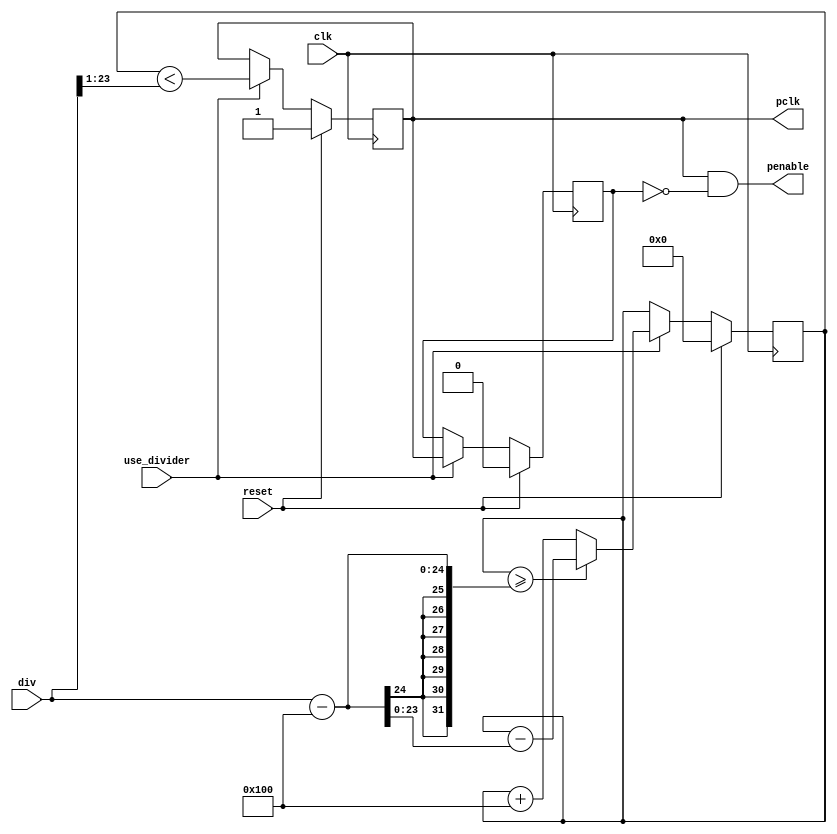
// This program was cloned from: https://github.com/lawrie/fpga_pio
// License: BSD 2-Clause "Simplified" License

// SPDX-FileCopyrightText: 2022 Lawrie Griffiths
// SPDX-License-Identifier: BSD-2-Clause

`default_nettype none
module divider (
  input         clk,
  input         reset,
  input [23:0]  div,
  input         use_divider,
  output        penable,
  output        pclk
);

  reg [23:0] div_counter;
  reg        pen;
  reg        old_pen;

  always @(posedge clk) begin
    if (reset) begin
      div_counter <= 0;
      pen <= 1;
      old_pen <= 0;
    end else begin
      if (use_divider) begin
        old_pen <= pen;
        div_counter <= div_counter + 256;
        if (div_counter >= div - 256)
          div_counter <= div_counter - (div - 256);
        pen <= div_counter < (div >> 1);
      end
    end
  end

  assign penable = pen & ~old_pen;
  assign pclk = pen;

endmodule